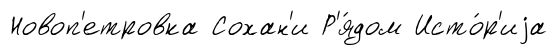
Новоп'етровка Сохан'и Р'я́дом Исто́р'иjа